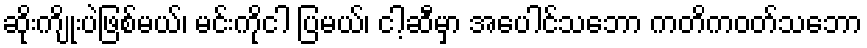
ဆိုးကျိုးပဲဖြစ်မယ်၊ မင်းကိုငါ ပြမယ်၊ ငါ့ဆီမှာ အပေါင်သဘော ကတိကဝတ်သဘော